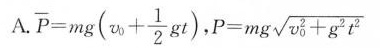
A. $$\overline{P} = m g(\n u _{0} + \frac{1}{2} g t)$$,$$P = m g \sqrt{v_{0}^{2} + g^{2}t^{2}}$$